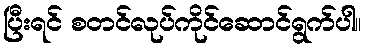
ပြီးရင် စတင်လုပ်ကိုင်ဆောင်ရွက်ပါ။